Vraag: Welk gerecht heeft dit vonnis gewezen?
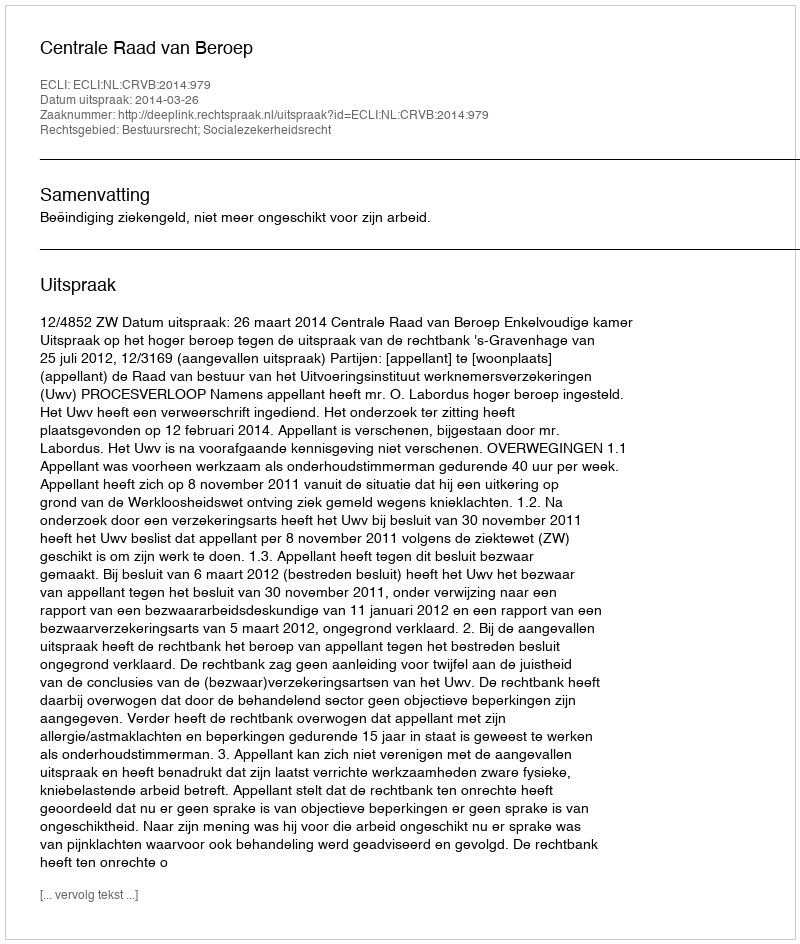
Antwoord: Centrale Raad van Beroep